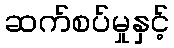
ဆက်စပ်မှုနှင့်